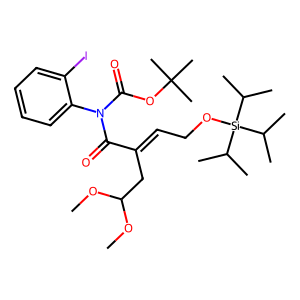
SMILES: COC(CC(=CCO[Si](C(C)C)(C(C)C)C(C)C)C(=O)N(C(=O)OC(C)(C)C)c1ccccc1I)OC
Inhibits HIV replication: No